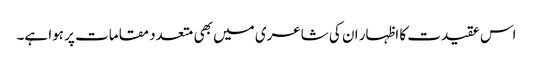
اس عقیدت کا اظہار ان کی شاعری میں بھی متعدد مقامات پر ہوا ہے۔